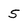
Character: 5